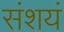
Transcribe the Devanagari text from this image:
संशयं